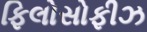
ફિલોસોફીઝ